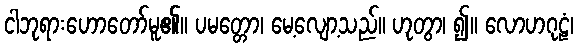
ငါဘုရားဟောတော်မူ၏။ ပမတ္တော၊ မေ့လျော့သည်။ ဟုတွာ၊ ၍။ လောဟဂုဠံ၊